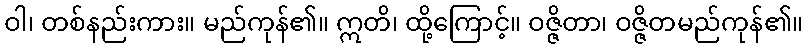
ဝါ၊ တစ်နည်းကား။ မည်ကုန်၏။ ဣတိ၊ ထို့ကြောင့်။ ဝဇ္ဇိတာ၊ ဝဇ္ဇိတမည်ကုန်၏။